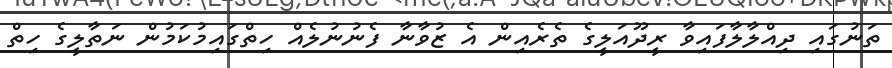
ތަނުގައި ދިއްލާލާފައިވާ ރީދޫއަލީގެ ތެރެއިން އެ ޒުވާނާ ފެނުނުލެއް ހިތްގައިމުކަމުން ނަތާލީގެ ހިތް